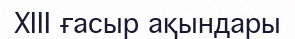
XIII ғасыр ақындары